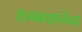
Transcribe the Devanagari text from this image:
राज्‍यस्‍थापनेच्या